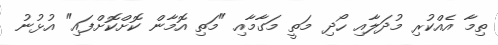
ތިމާ އެއްކުރި މުދަލާއި ހޯދި މަތީ މަގާމާއި "މަތި އޮމާން ކޮށްކޮށްފައި" އުޅުނު